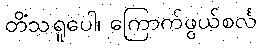
တိံသရူပေါ၊ ကြောက်ဖွယ်စင်္လ